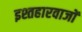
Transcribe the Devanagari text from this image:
इश्तहारवाजों